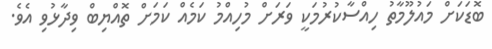
ބޮޑަކަށް މައުލޫމާތު ހިއްސާކުރުމަކީ ވަރަށް މުހިއްމު ކަމެއް ކަމަށް ތޮއްޔިބް ވިދާޅުވި އެވެ.